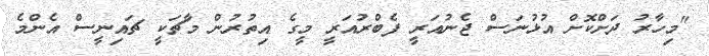
"މިހާރު ދަށްކޮށް އުޅުނަސް ޖެނުއަރީ ފެބްރުއަރީ މީގެ އިތުރުން މާޗަކީ ޗައިނީސް އެންމެ